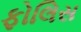
ફોલિસ